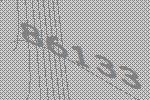
86133